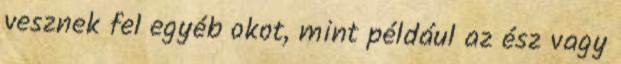
vesznek fel egyéb okot, mint például az ész vagy